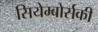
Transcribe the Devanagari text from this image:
सियेम्बोर्सकी